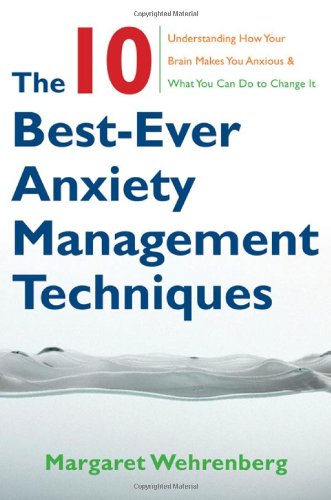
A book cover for The 10 Best-Ever Anxiety Management Techniques: Understanding How Your Brain Makes You Anxious and What You Can Do to Change It; Margaret Wehrenberg Psy.D.; Self-Help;